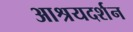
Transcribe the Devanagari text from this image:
आश्रयदर्शन